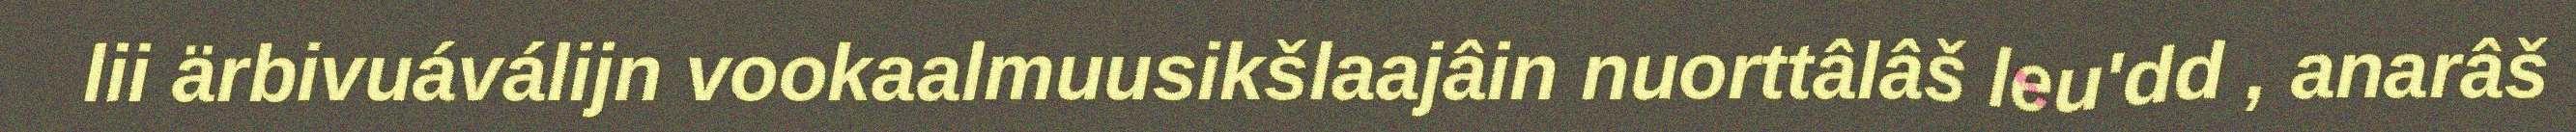
lii ärbivuáválijn vookaalmuusikšlaajâin nuorttâlâš leu'dd , anarâš